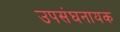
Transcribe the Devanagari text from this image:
उपसंघनायक